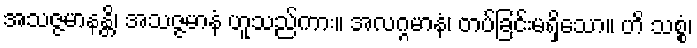
အသဇ္ဇမာနန္တိ၊ အသဇ္ဇမာနံ ဟူသည်ကား။ အလဂ္ဂမာနံ၊ တပ်ခြင်းမရှိသော။ ဟိ သစ္စံ၊